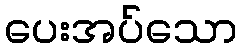
ပေးအပ်သော